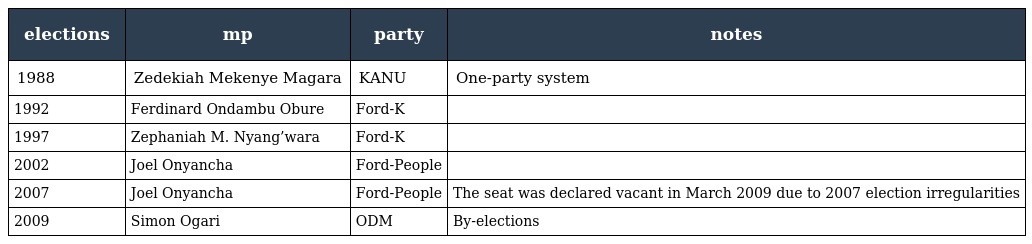
| elections | mp | party | notes |
 | --- | --- | --- | --- |
 | 1988 | Zedekiah Mekenye Magara | KANU | One-party system |
 | 1992 | Ferdinard Ondambu Obure | Ford-K |  |
 | 1997 | Zephaniah M. Nyang’wara | Ford-K |  |
 | 2002 | Joel Onyancha | Ford-People |  |
 | 2007 | Joel Onyancha | Ford-People | The seat was declared vacant in March 2009 due to 2007 election irregularities |
 | 2009 | Simon Ogari | ODM | By-elections |